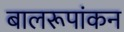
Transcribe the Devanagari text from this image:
बालरूपांकन